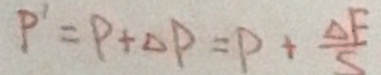
P ^ { \prime } = P + \Delta P = P + \frac { \Delta F } { S }